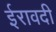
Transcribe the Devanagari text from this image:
ईरावदी